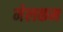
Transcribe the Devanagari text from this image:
मेलकम